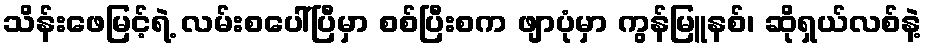
သိန်းဖေမြင့်ရဲ့ လမ်းစပေါ်ပြီမှာ စစ်ပြီးစက ဖျာပုံမှာ ကွန်မြူနစ်၊ ဆိုရှယ်လစ်နဲ့